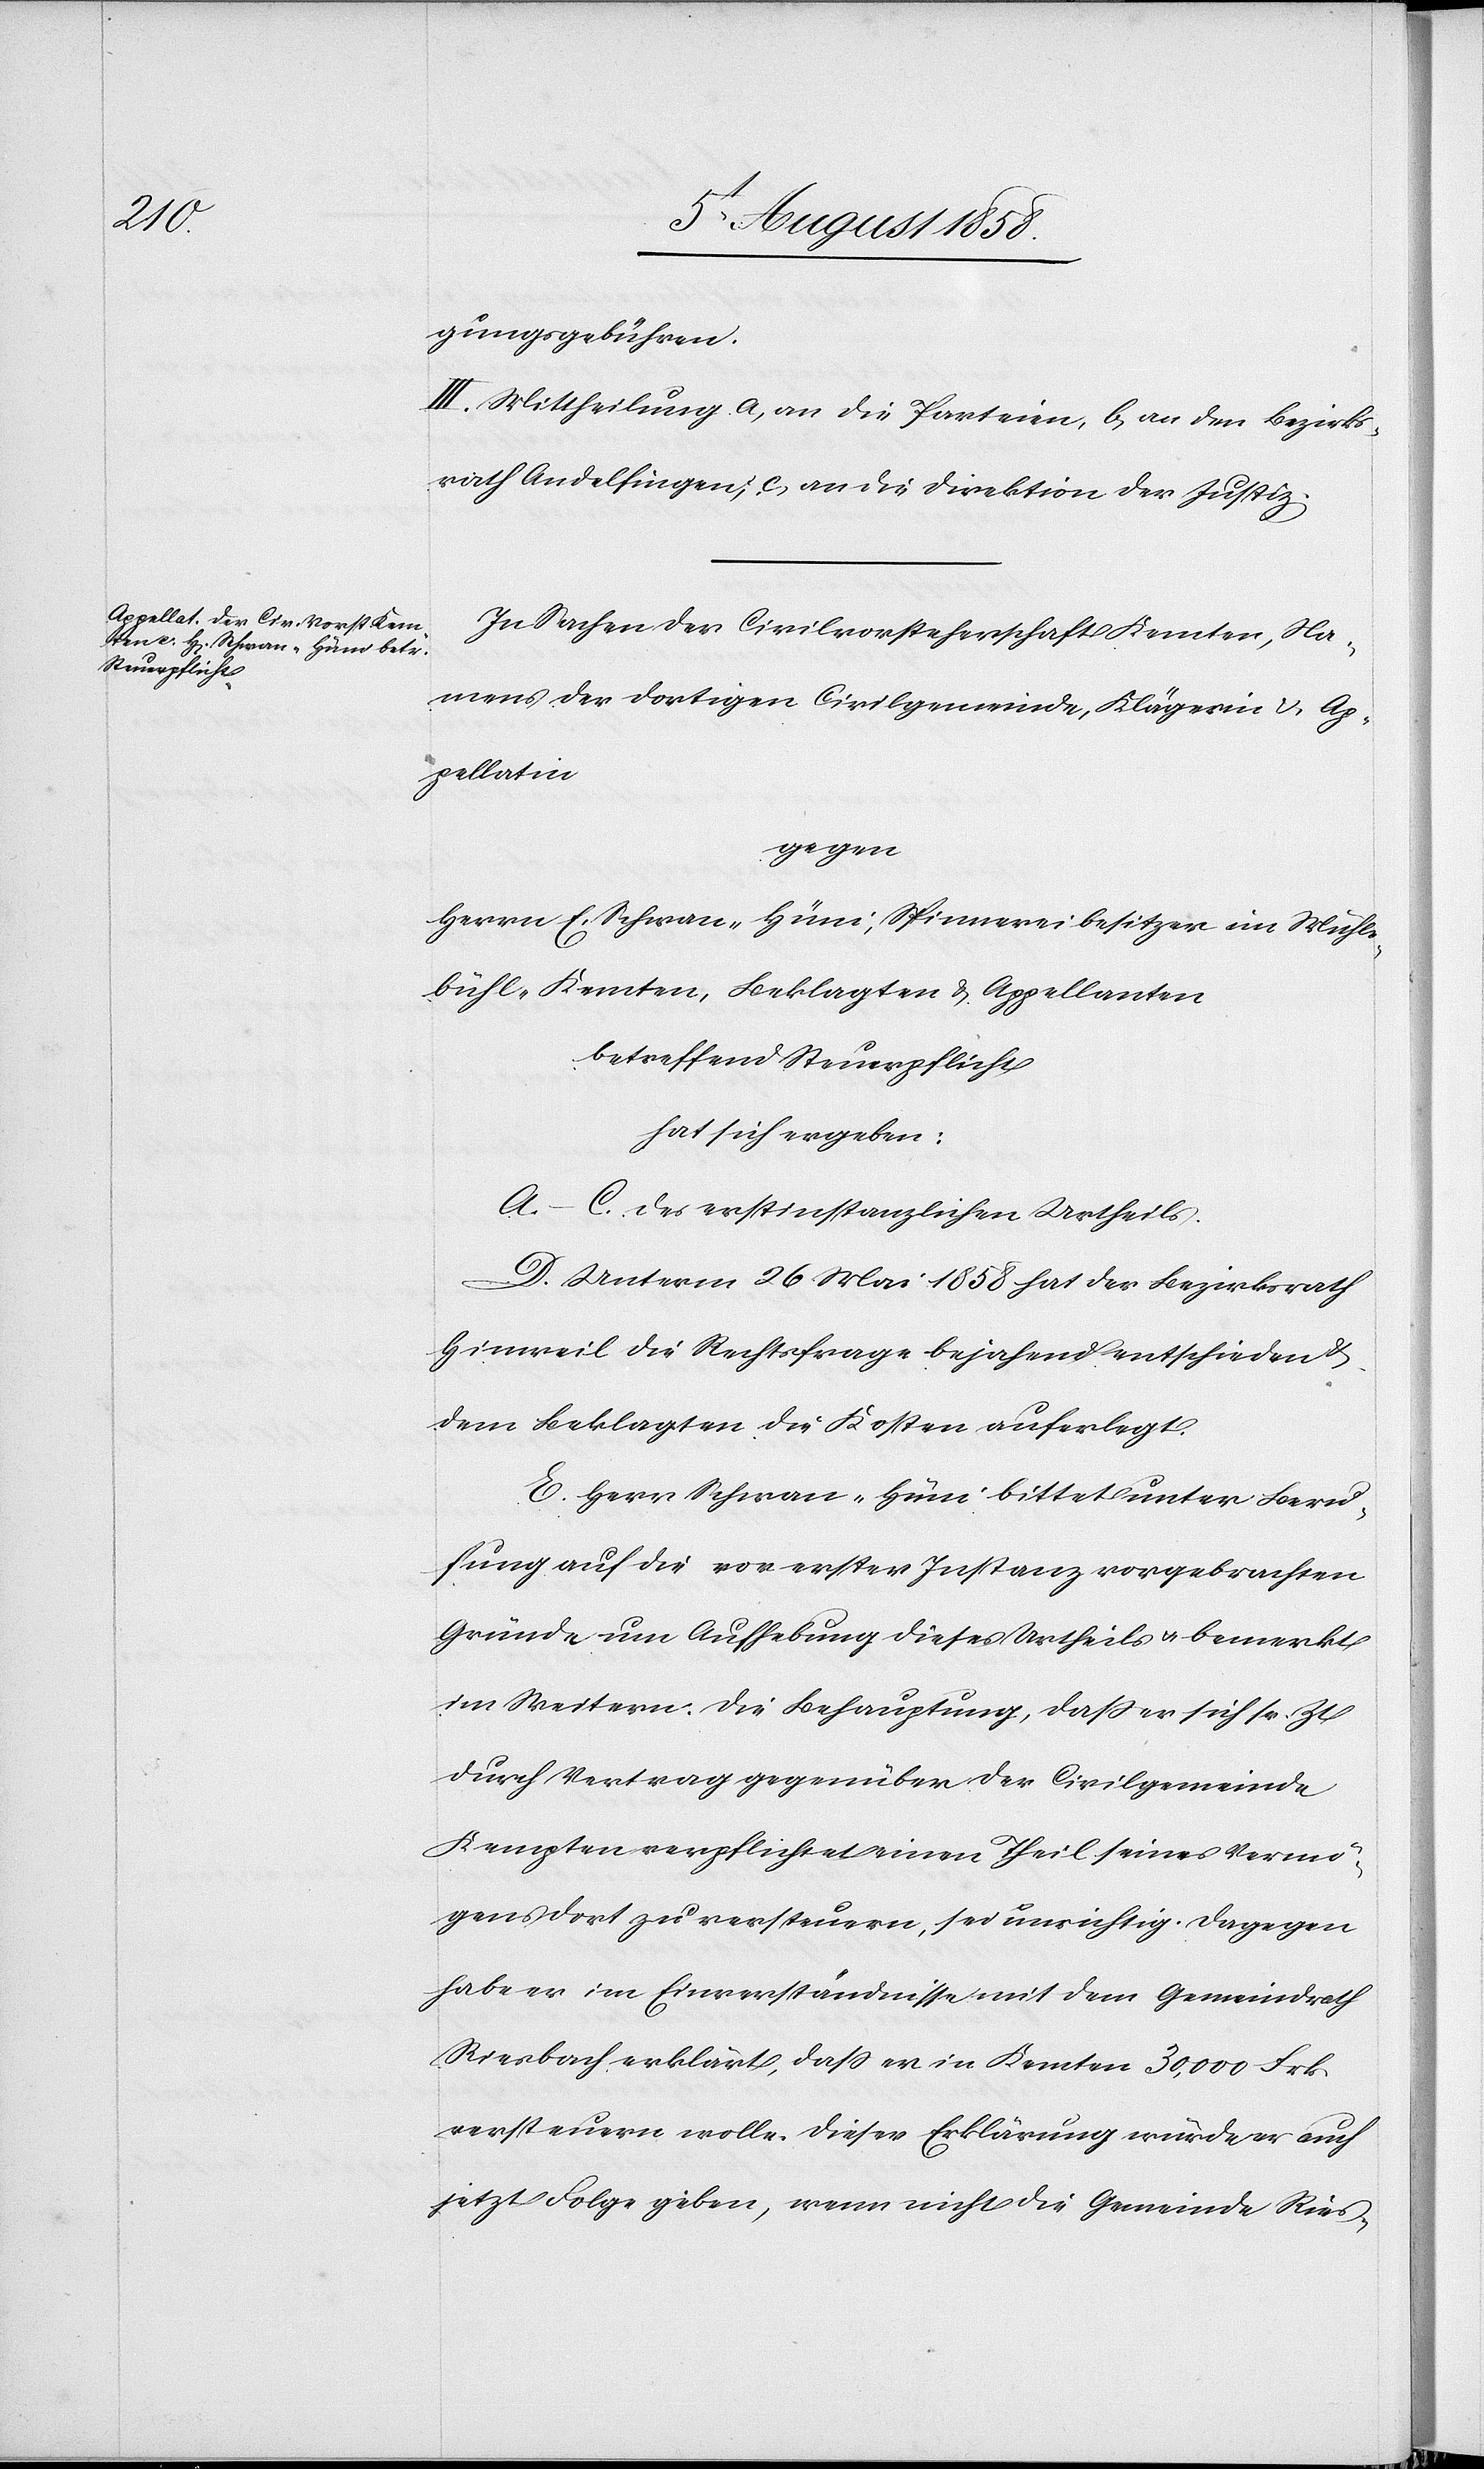
gungsgebühren.
III. Mittheilung a) an die Parteien, b) an den Bezirks¬
rath Andelfingen; c) an die Direktion der Justiz.
In Sachen der Civilvorsteherschaft Kemten, Na¬
mens der dortigen Civilgemeinde, Klägerin & Ap¬
pellatin
gegen
Herrn E. Schwan-Hüni, Spinnereibesitzer im Mühle¬
bühl-Kemten, Beklagten & Appellanten
betreffend Steuerpflicht
hat sich ergeben:
A.–C. des erstinstanzlichen Urtheils.
D. Unterm 26 Mai 1858 hat der Bezirksrath
Hinweil die Rechtsfrage bejahend entschieden &
dem Beklagten die Kosten auferlegt.
E. Herr Schwan-Hüni bittet unter Beru¬
fung auf die vor erster Instanz vorgebrachten
Gründe um Aufhebung dieses Urtheils & bemerkt
im Weitern: Die Behauptung, dass er sich sr. Zt.
durch Vertrag gegenüber der Civilgemeinde
Kempten verpflichtet einen Theil seines Vermö¬
gens dort zu versteuern, sei unrichtig. Dagegen
habe er im Einverständnisse mit dem Gemeindrath
Riesbach erklärt, dass er in Kemten 30,000 Frk.
versteuern wolle. Dieser Erklärung würde er auch
jetzt Folge geben, wenn nicht die Gemeinde Ries-